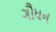
ગૌધન